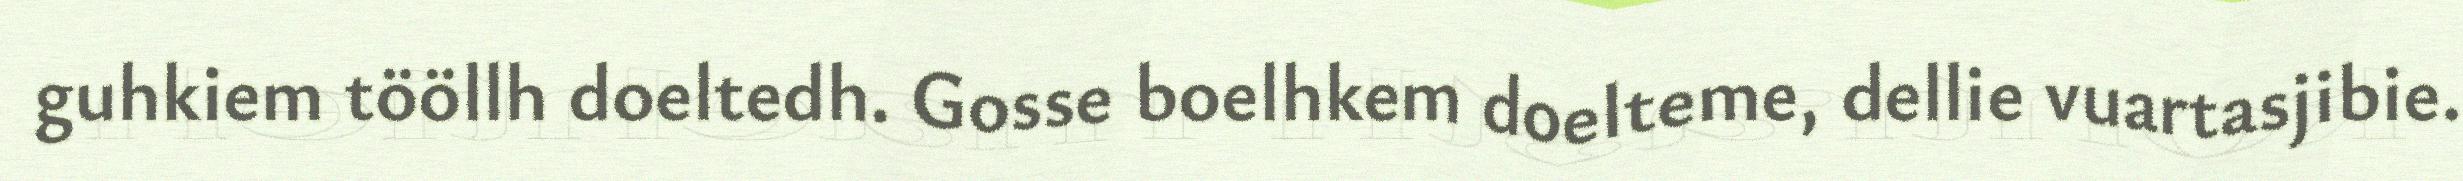
guhkiem tööllh doeltedh. Gosse boelhkem doelteme, dellie vuartasjibie.